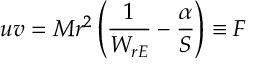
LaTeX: u v = M r ^ { 2 } \left( \frac { 1 } { W _ { r E } } - \frac { \alpha } { S } \right) \equiv F